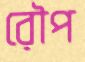
রৌপ